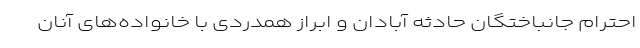
احترام جانباختگان حادثه آبادان و ابراز همدردی با خانواده‌های آنان